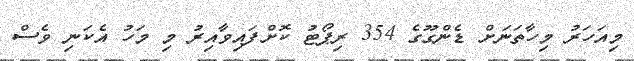
މިއަހަރު މިހާތަނަށް ޑެންގޫގެ 354 ރިޕޯޓު ކޮށްފައިވާއިރު މި މަހު އެކަނި ވެސް